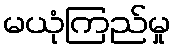
မယုံကြည်မှု